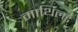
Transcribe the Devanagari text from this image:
माथिलडे